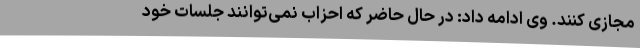
مجازی کنند. وی ادامه داد: در حال حاضر که احزاب نمی‌توانند جلسات خود